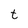
Character: t